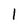
Character: 1